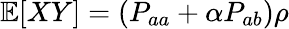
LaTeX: \mathbb{E}[XY]=(P_{aa}+\alpha P_{ab})\rho